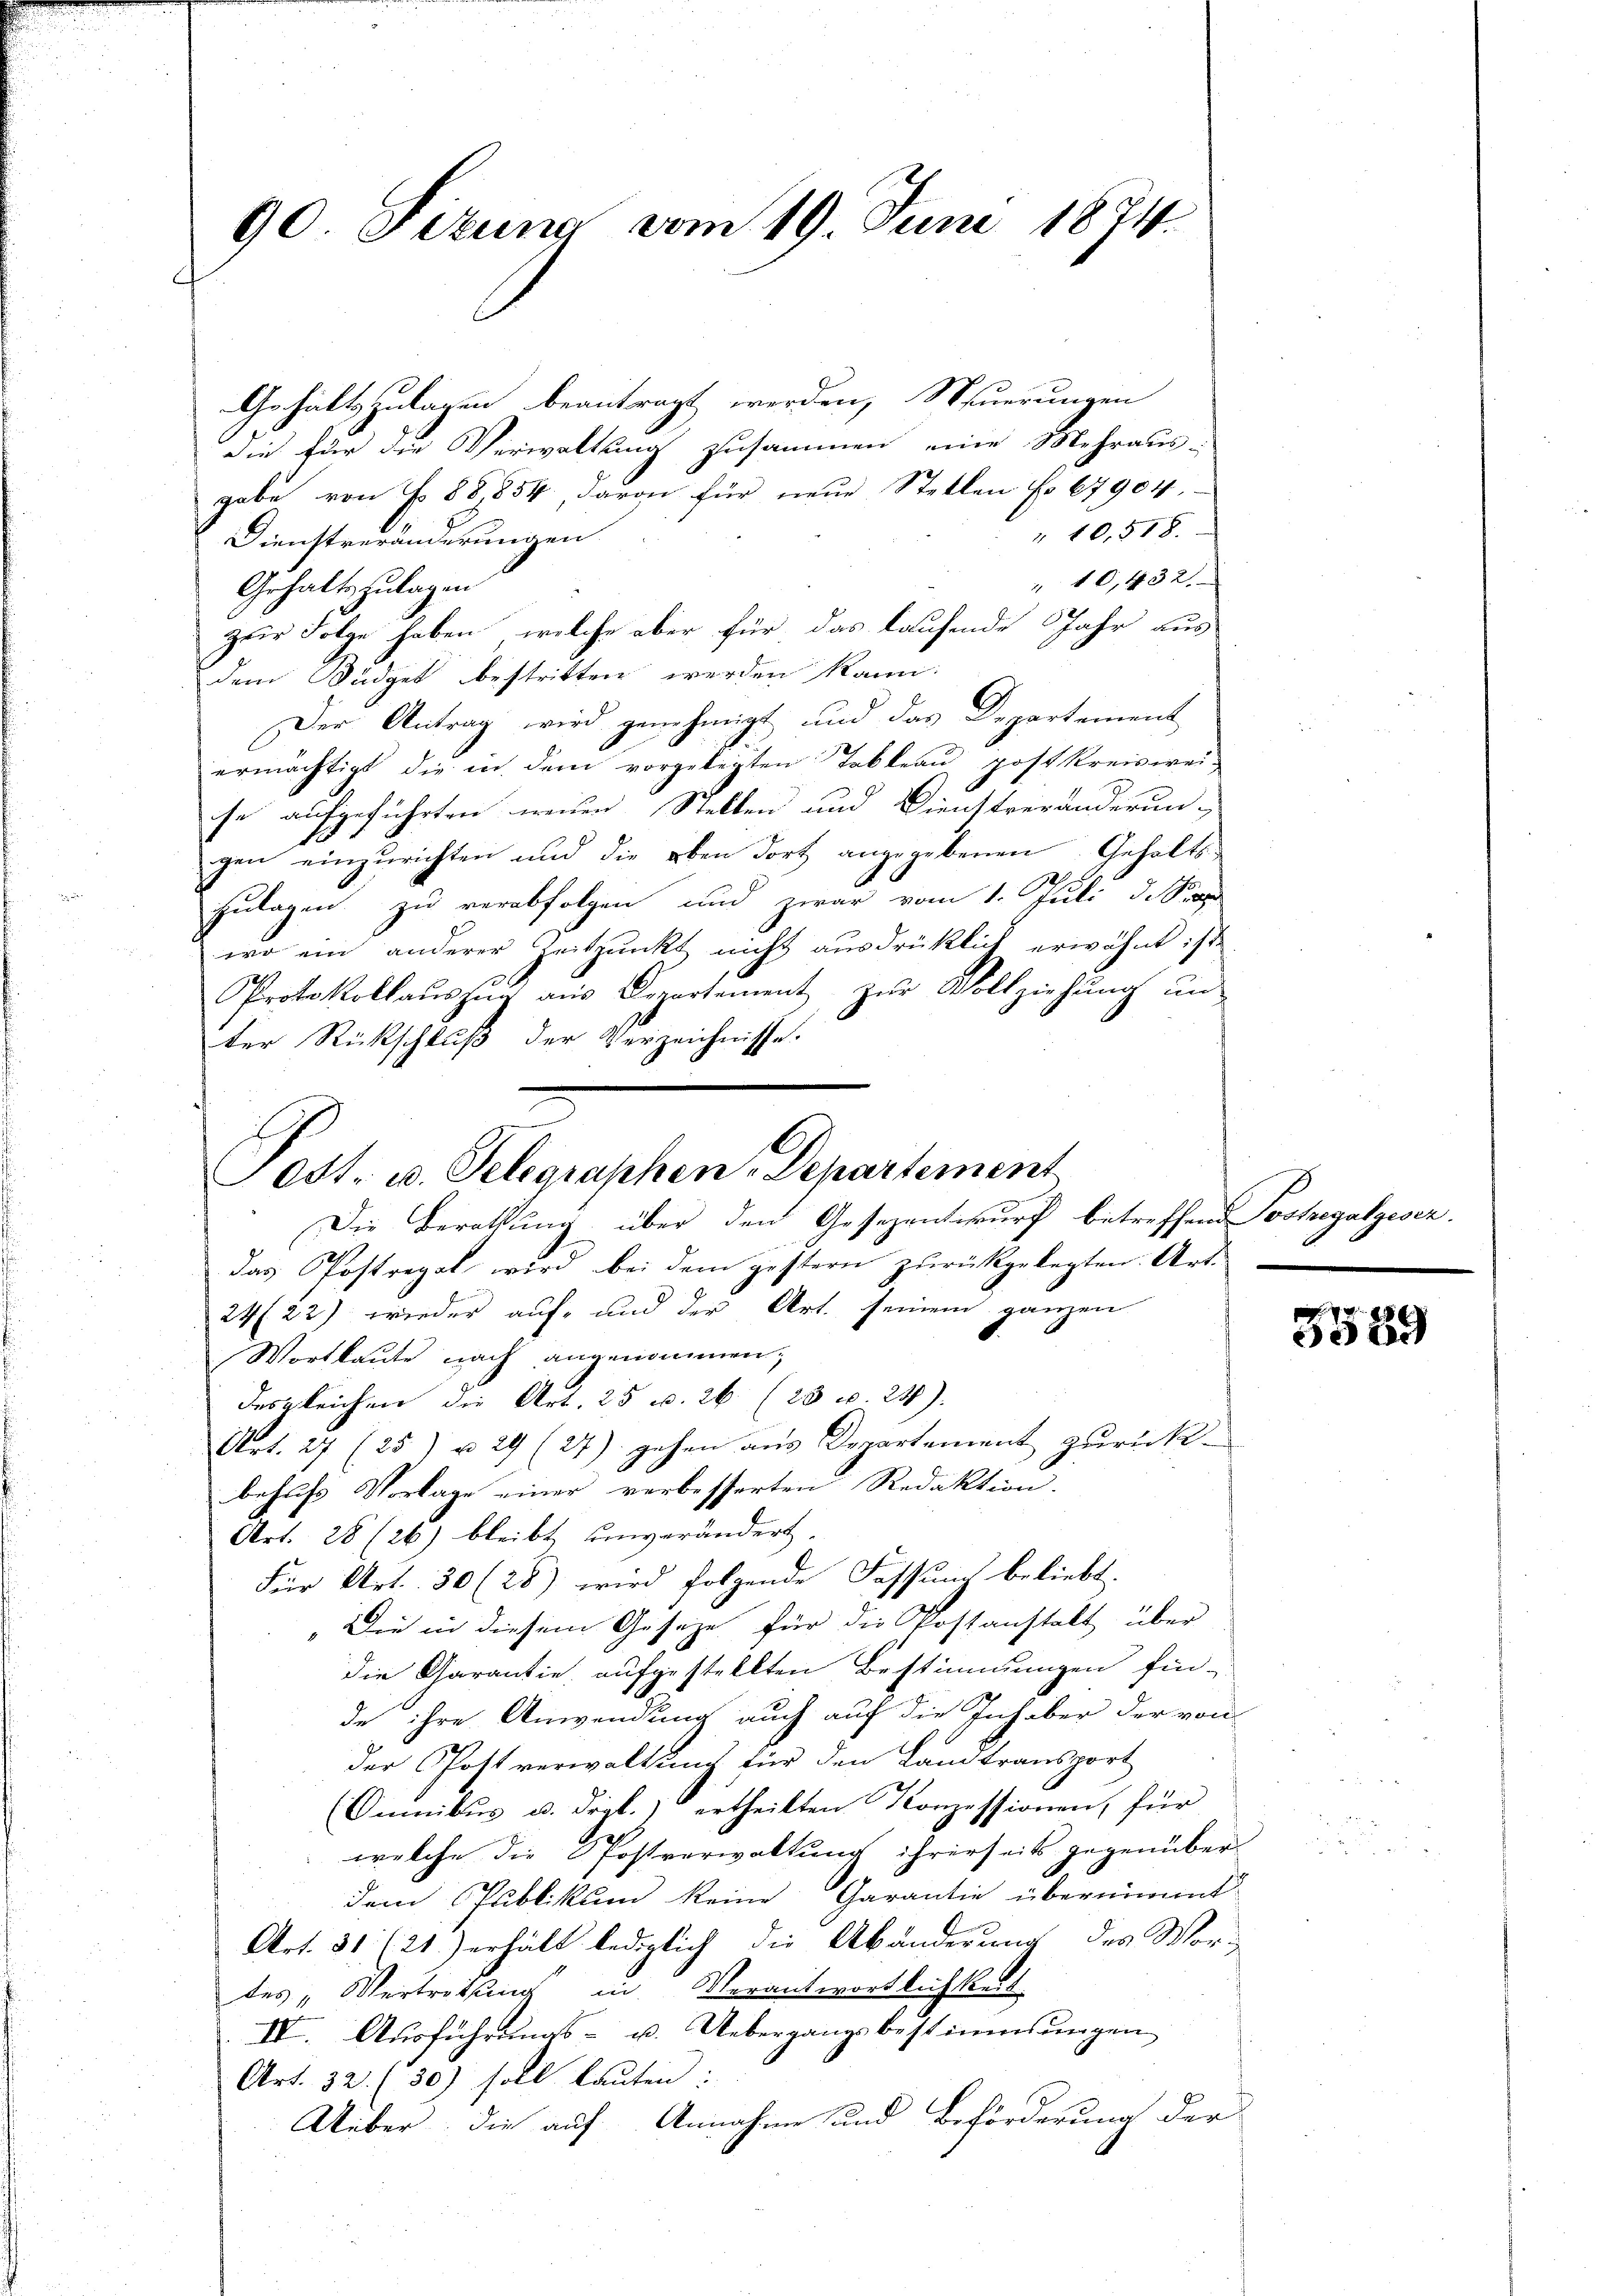
90 Situng vom 19. Juni 1874.

x

Gehaltszulagen beantragt werden, Steuerungen
die für die Verwaltung zusammen eine Mehraus-
gabe von f. 88,854 davon für neue Stellen No 67904.
" 10, 518.
Dienstveränderungen
" 10,432.
Gehaltszulagen
zur Folge haben, welche aber für das laufende Jahr aus
dem Büdget bestritten werden kann.
Der Antrag wird genehmigt und das Departement
ermächtigt, die in dem vorgelegten Tableau post kreiswei-
se aufgeführten weisen Stellen und Dienstveränderun-
gen einzurichten und die oben dort angegebenen Gehalts-
Zulagen zu verabfolgen und zwar vom 1. Juli d. Sta
wo ein anderer Zeitpunkt nicht ausdrücklich erwähnt ist.
PProtokollauszug aus Departement zur Vollziehung un
ter Rückschluß der Verzeichnisse.
Die Berathung über den Gesezentwurf betreffend Poshegatgesez
das Postregal wird bei dem gestern zurückgelegten Art.
2422) wieder auf- und der Art. seinem ganzen
Wortlaute nach angenommen,
desgleichen die Art. 25 u. 26 (20 v. 24.
Art. 27 (25) u. 29 (27) gehen aus Departement zurückbehufs Vorlage einer verbesserten Redaktion.
Art. 28 (26) bleibt unverändert.
Für Art. 30 (28) wird folgende Fassung beliebt.
"Die in diesem Geseze für die Postanstalt über
die Garantie, aufgestellten Bestimmungen fin-
de ihre Anwendung auch auf die Inhaber der von
der Postverwaltung für den Landtransport
(Omnikus u. drgl.) ertheilten Konzessionen, für
welche die Postverwaltung ihrerseits gegenüber-
dem Publikum keine Garantie übernimmt
Art. 31 (21.) erhält lediglich die Abänderung des Wordes „Vertretung in Verantwortlichkeit
IV. Ausführungs- u. Uebergangsbestimmungen
Art. 32 (50) soll lauten:
Ueber, die auf Annahme und Beförderung der
.

Ott. u. Telegraphen Departement

5589